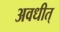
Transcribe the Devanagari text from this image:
अवधीत्‌